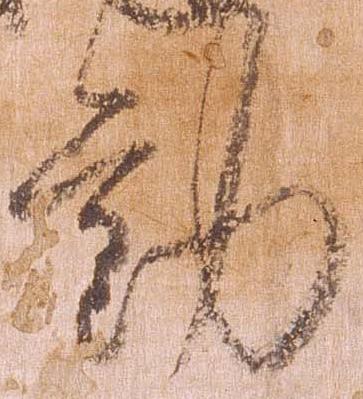
勤